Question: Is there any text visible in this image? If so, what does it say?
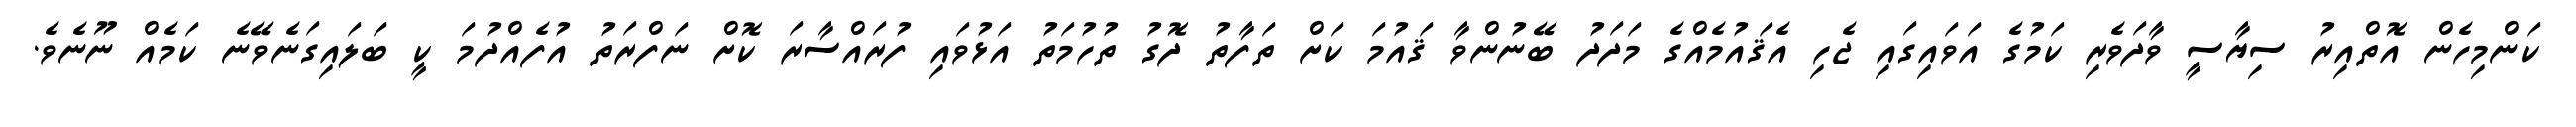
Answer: ކަންމިހެން އޮތްއިރު ސިޔާސީ ވާދަވެރި ކަމުގެ އަވައިގައި ޖެހި އެޤައުމެއްގެ މަދަދު ބޭނުންވާ ޤައުމަ ކަށް ތަފާތު ދޮގު ތުހުމަތު އަޅުވައި ފުރައްސާރަ ކޮށް ނަފްރަތު އުފެއްދުމަ ކީ ބަލައިގަނެވޭނެ ކަމެއް ނޫނެވެ.